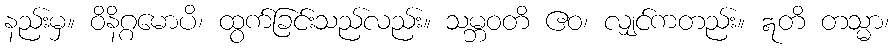
နည်းမှ။ ဝိနိဂ္ဂမောပိ၊ ထွက်ခြင်းသည်လည်း။ သမ္ဘဝတိ ဧဝ၊ လျှင်ကတည်း။ ဣတိ တသ္မာ၊